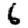
Digit: 6